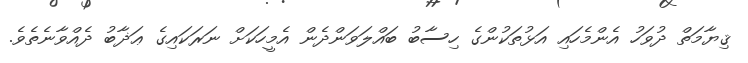
ޤިޔާމަތް ދުވަހު އެންމެހައި އަޅުތަކުންގެ ހިސާބު ބައްލަވަންދެން އެމީހަކަށް ނަރަކައިގެ ޢަޛާބު ދެއްވާނެތެވެ.